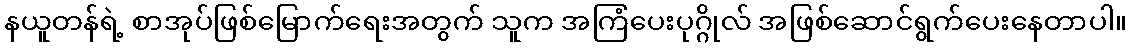
နယူတန်ရဲ့ စာအုပ်ဖြစ်မြောက်ရေးအတွက် သူက အကြံပေးပုဂ္ဂိုလ် အဖြစ်ဆောင်ရွက်ပေးနေတာပါ။